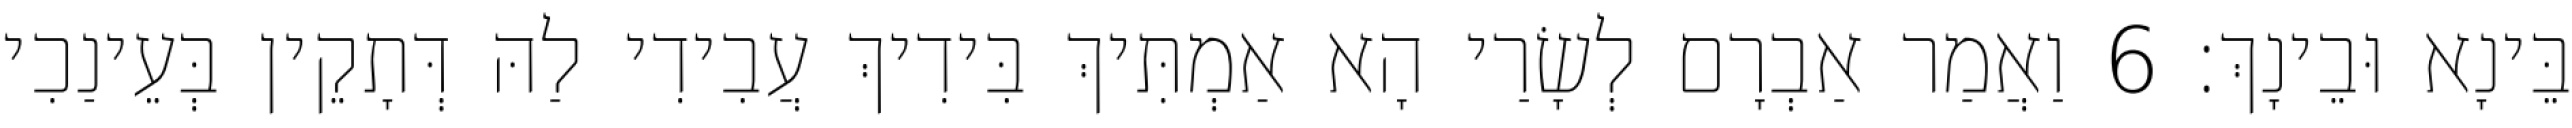
בֵּינָא וּבֵינָךְ׃ 6 וַאֲמַר אַבְרָם לְשָׂרַי הָא אַמְתִּיךְ בִּידִיךְ עֲבִידִי לַהּ דְּתָקֵין בְּעֵינַכִי